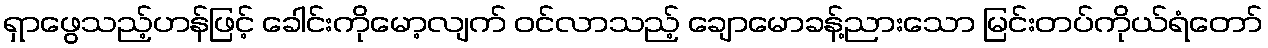
ရှာဖွေသည့်ဟန်ဖြင့် ခေါင်းကိုမော့လျက် ဝင်လာသည့် ချောမောခန့်ညားသော မြင်းတပ်ကိုယ်ရံတော်